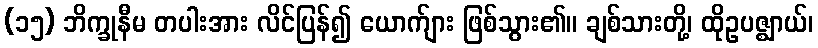
(၁၅) ဘိက္ခုနီမ တပါးအား လိင်ပြန်၍ ယောက်ျား ဖြစ်သွား၏။ ချစ်သားတို့၊ ထိုဥပဇ္ဈာယ်၊